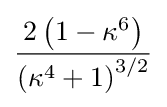
{\frac {2\left(1-\kappa ^{6}\right)}{\left(\kappa ^{4}+1\right)^{3/2}}}